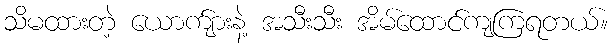
သိမထားတဲ့ ယောက်ျားနဲ့ အသီးသီး အိမ်ထောင်ကျကြရတယ်။